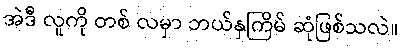
အဲဒီ လူကို တစ် လမှာ ဘယ်နှကြိမ် ဆုံဖြစ်သလဲ။